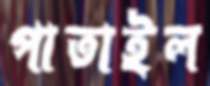
পাতাইল